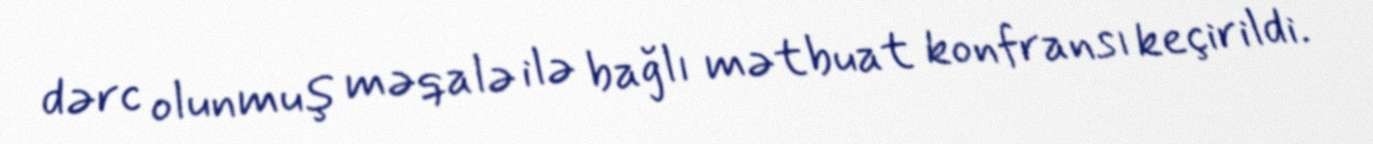
dərc olunmuş məqalə ilə bağlı mətbuat konfransı keçirildi.